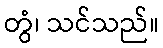
တွံ၊ သင်သည်။